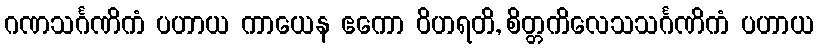
ဂဏသင်္ဂဏိကံ ပဟာယ ကာယေန ဧကော ဝိဟရတိ, စိတ္တကိလေသသင်္ဂဏိကံ ပဟာယ